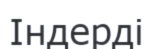
Індерді